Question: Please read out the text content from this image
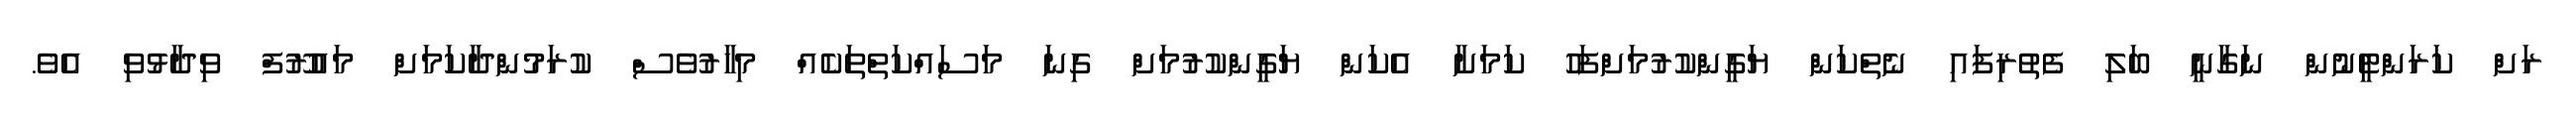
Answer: ރަށް ކަރަންޓީނުން ނަގާނީ ބަލި ފެތުރިފައި ނެތްކަން ޔަގީންކުރުމަށްފަހު ކަމަށާ އެކަން ޔަގީންކުރުމަށް ގިނަ މަސައްކަތްތަކެއް މިހާރުވެސް ކުރަމުންދާކަމަށް މައުރޫފް ވިދާޅުވި އެވެ.